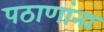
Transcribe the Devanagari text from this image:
पठाणांना